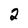
Character: 2